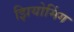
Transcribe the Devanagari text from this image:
झियोमिंग